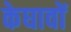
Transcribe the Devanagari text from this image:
केघावों